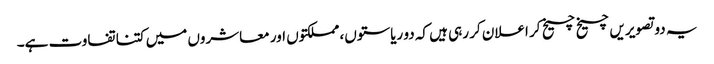
یہ دو تصویریں چیخ چیخ کر اعلان کر رہی ہیں کہ دو ریاستوں، مملکتوں اور معاشروں میں کتنا تفاوت ہے۔